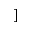
]